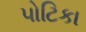
પોટિકા